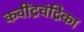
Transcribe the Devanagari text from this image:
कवींद्रचंद्रिका